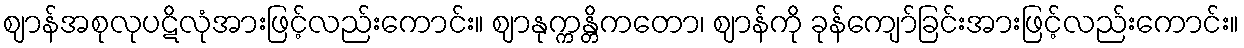
ဈာန်အစုလုပဋိလုံအားဖြင့်လည်းကောင်း။ ဈာနုက္ကန္တိကတော၊ ဈာန်ကို ခုန်ကျော်ခြင်းအားဖြင့်လည်းကောင်း။